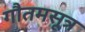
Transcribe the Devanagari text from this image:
गौतमसूत्र